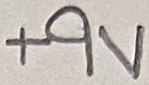
Text: +9V